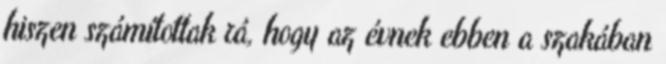
hiszen számítottak rá, hogy az évnek ebben a szakában